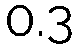
0.3